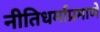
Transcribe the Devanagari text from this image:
नीतिधर्माप्रमाणे